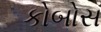
કોબોસ